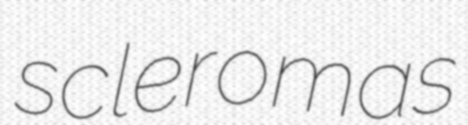
scleromas